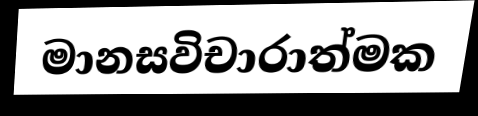
මානසවිචාරාත්මක